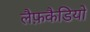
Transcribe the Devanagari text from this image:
लैफ़कैडियो